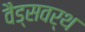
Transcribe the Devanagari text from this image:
वैड्सवर्थ